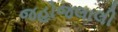
જહોજલાલી